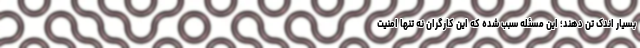
بسیار اندک تن دهند؛ این مسئله سبب شده که این کارگران نه تنها امنیت